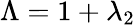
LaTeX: \Lambda=1+\lambda_{2}